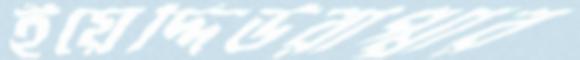
ইয়েদ্দিউরাপ্পার